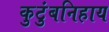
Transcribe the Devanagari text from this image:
कुटुंबनिहाय